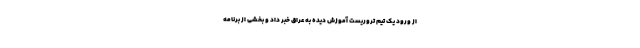
از ورود یک تیم تروریست آموزش دیده به عراق خبر داد و بخشی از برنامه